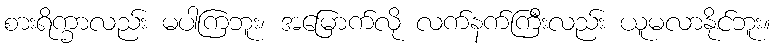
စားရိက္ခာလည်း မပါကြဘူး၊ အမြောက်လို လက်နက်ကြီးလည်း ယူမလာနိုင်ဘူး။